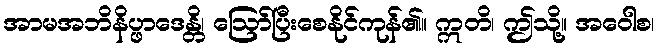
အာမအဘိနိပ္ဖာဒေန္တိ၊ ဩော်ပြီးစေနိုင်ကုန်၏။ ဣတိ၊ ဤသို့။ အဝေါစ၊